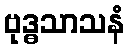
ဗုဒ္ဓသာသနံ